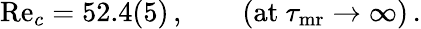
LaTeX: \begin{array}{r}{\mathrm{Re}_{c}=52.4(5)\, ,\qquad({\textrm{at}\ }\tau_{{\mathrm{mr}}}\to\infty)\, .}\end{array}